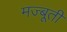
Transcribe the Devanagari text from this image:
मज्बूती